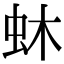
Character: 蚞